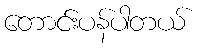
တောင်းပန်ပါတယ်